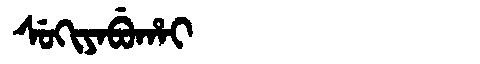
Manchu: ᠰᡠᡴᡳᠶᠠᠪᡠᡥᠠᡳ
Romanization: SUKIYABUHAI